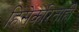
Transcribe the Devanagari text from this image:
हिंसेकरिताही